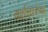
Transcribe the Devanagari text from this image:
दर्शनास्थ